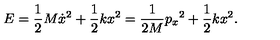
E = { \frac { 1 } { 2 } } M \dot { x } ^ { 2 } + { \frac { 1 } { 2 } } k x ^ { 2 } = { \frac { 1 } { 2 M } } { p _ { x } } ^ { 2 } + { \frac { 1 } { 2 } } k x ^ { 2 } .